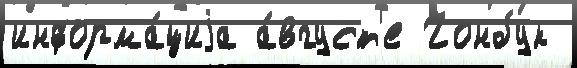
информа́циjа а́вгуст'е Чонбук